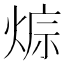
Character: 𤊭